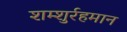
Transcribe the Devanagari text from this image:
शम्शुर्रहमान